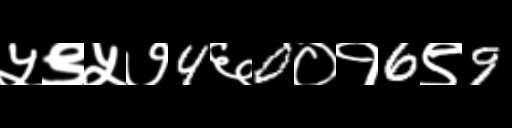
Text: ५९५७4६0०१6९9